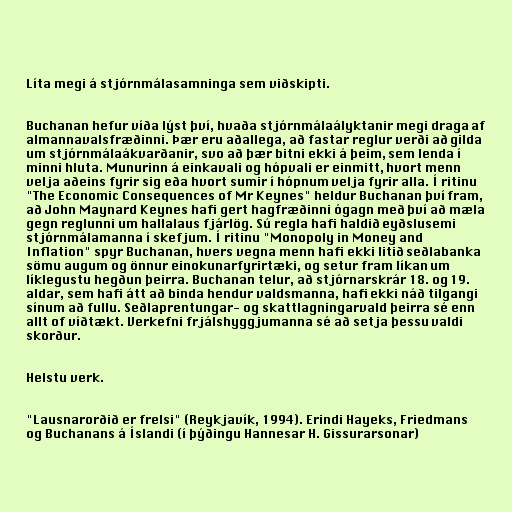
Líta megi á stjórnmálasamninga sem viðskipti.

Buchanan hefur víða lýst því, hvaða stjórnmálaályktanir megi draga af
almannavalsfræðinni. Þær eru aðallega, að fastar reglur verði að gilda
um stjórnmálaákvarðanir, svo að þær bitni ekki á þeim, sem lenda í
minni hluta. Munurinn á einkavali og hópvali er einmitt, hvort menn
velja aðeins fyrir sig eða hvort sumir í hópnum velja fyrir alla. Í ritinu
"The Economic Consequences of Mr Keynes" heldur Buchanan því fram,
að John Maynard Keynes hafi gert hagfræðinni ógagn með því að mæla
gegn reglunni um hallalaus fjárlög. Sú regla hafi haldið eyðslusemi
stjórnmálamanna í skefjum. Í ritinu "Monopoly in Money and
Inflation" spyr Buchanan, hvers vegna menn hafi ekki litið seðlabanka
sömu augum og önnur einokunarfyrirtæki, og setur fram líkan um
líklegustu hegðun þeirra. Buchanan telur, að stjórnarskrár 18. og 19.
aldar, sem hafi átt að binda hendur valdsmanna, hafi ekki náð tilgangi
sínum að fullu. Seðlaprentungar- og skattlagningarvald þeirra sé enn
allt of víðtækt. Verkefni frjálshyggjumanna sé að setja þessu valdi
skorður.

Helstu verk.

"Lausnarorðið er frelsi" (Reykjavík, 1994). Erindi Hayeks, Friedmans
og Buchanans á Íslandi (í þýðingu Hannesar H. Gissurarsonar)